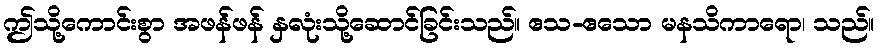
ဤသို့ကောင်းစွာ အဖန်ဖန် နှလုံးသို့ဆောင်ခြင်းသည်။ ဧသ-ဧသော မနသိကာရော၊ သည်။